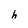
Character: h